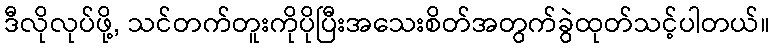
ဒီလိုလုပ်ဖို့, သင်တက်တူးကိုပိုပြီးအသေးစိတ်အတွက်ခွဲထုတ်သင့်ပါတယ်။